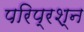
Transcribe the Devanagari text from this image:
परिप्रश्न